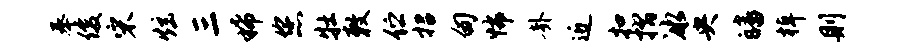
奉俊宋炫三稀您牡敕伫招甸怖卦近扣摺冰央皤棹则